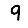
Digit: 9